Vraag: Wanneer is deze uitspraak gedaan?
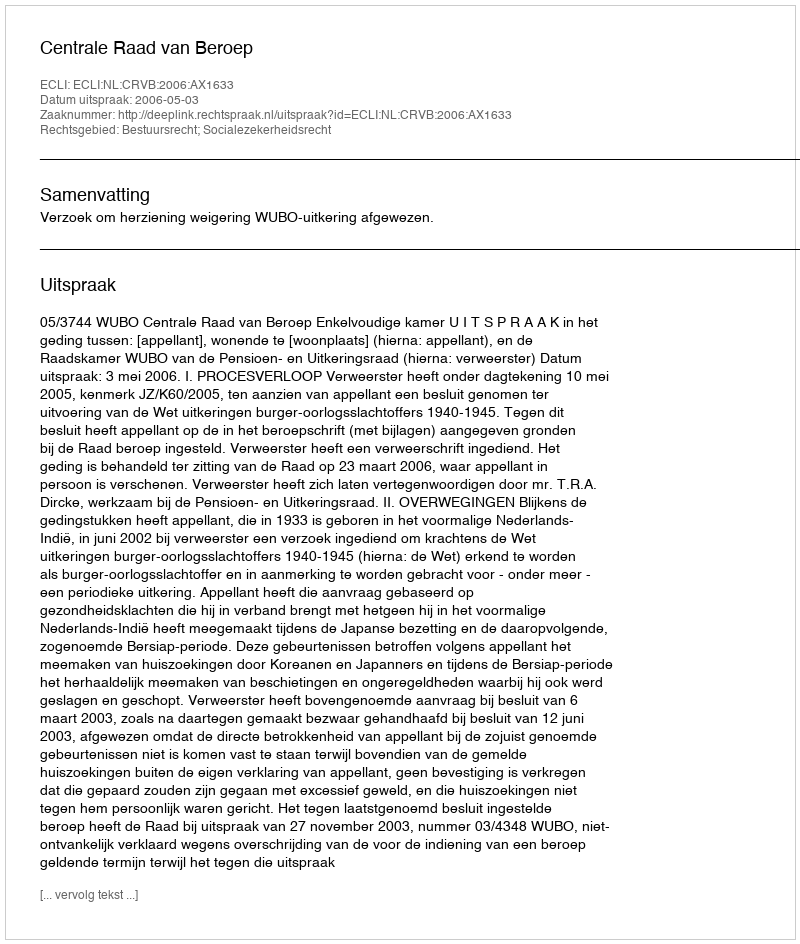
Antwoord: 2006-05-03